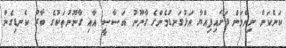
ކަންކަން ނިންމަން ފަށައިފިއްޔާ އަޅުގަނޑުމެންގެ ގާނޫނު އަސާސީ އާއި ގާނޫނުތަކުގެ ބާރު ކެނޑިގެން